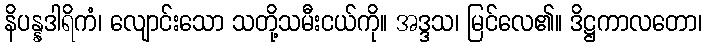
နိပန္နဒါရိကံ၊ လျောင်းသော သတို့သမီးငယ်ကို။ အဒ္ဒသ၊ မြင်လေ၏။ ဒိဋ္ဌကာလတော၊